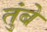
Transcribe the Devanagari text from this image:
तुंबे